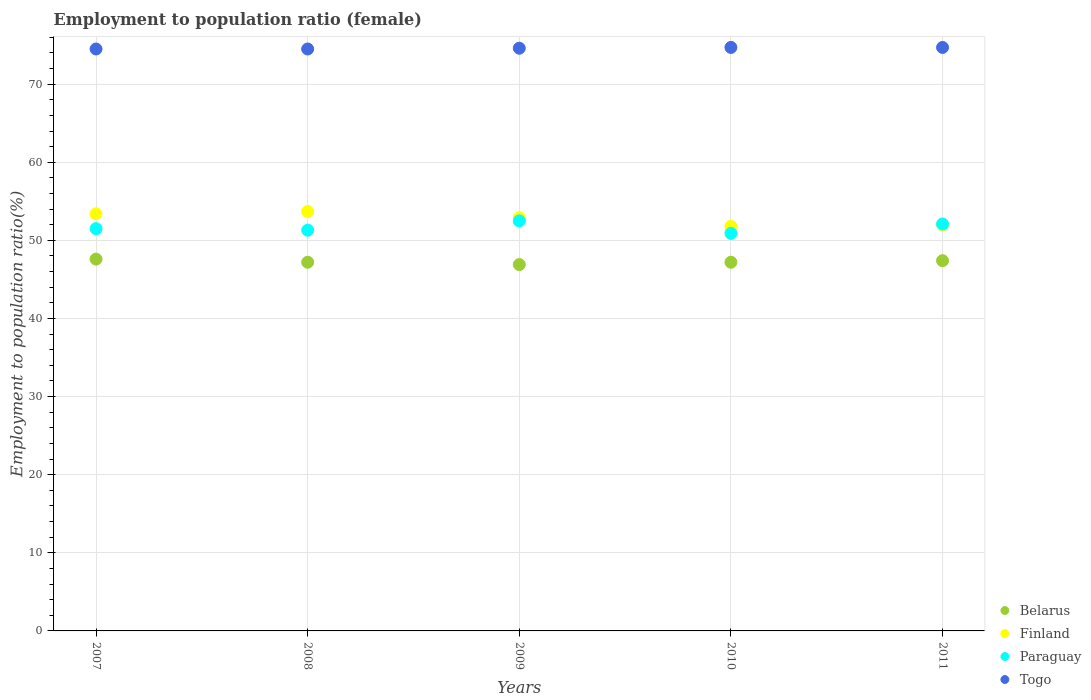
| Years | Belarus | Finland | Paraguay | Togo |
 | --- | --- | --- | --- | --- |
 | 2007 | 47.6 | 53.4 | 51.5 | 74.5 |
 | 2008 | 47.2 | 53.7 | 51.3 | 74.5 |
 | 2009 | 46.9 | 52.9 | 52.5 | 74.6 |
 | 2010 | 47.2 | 51.8 | 50.9 | 74.7 |
 | 2011 | 47.4 | 52 | 52.1 | 74.7 |